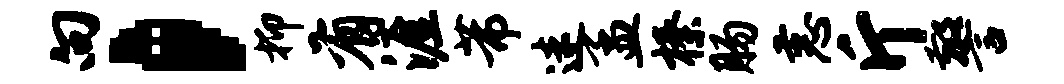
向，抑有涯芾迷孟榛肠恚斤警